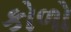
કોળો